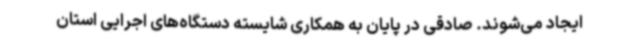
ایجاد می‌شوند. صادقی در پایان به همکاری شایسته دستگاه‌های اجرایی استان